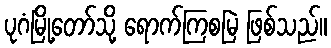
ပုဂံမြို့တော်သို့ ရောက်ကြစမြဲ ဖြစ်သည်။